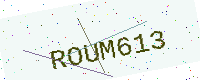
Text: ROUM613